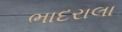
ભાદરાલા